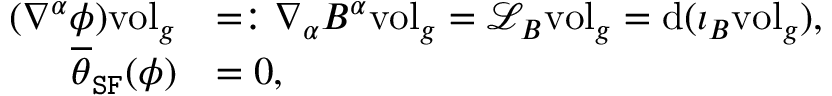
\begin{array} { r l } { ( \nabla ^ { \alpha } \phi ) \mathrm { v o l } _ { g } } & { = : \nabla _ { \alpha } B ^ { \alpha } \mathrm { v o l } _ { g } = \mathcal { L } _ { B } \mathrm { v o l } _ { g } = \mathrm { d } ( \imath _ { B } \mathrm { v o l } _ { g } ) , } \\ { \overline { { \theta } } _ { \mathtt { S F } } ( \phi ) } & { = 0 , } \end{array}